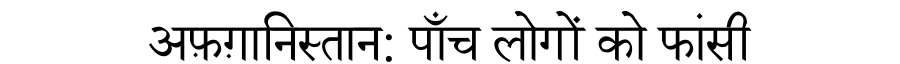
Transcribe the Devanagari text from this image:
अफ़ग़ानिस्तान: पाँच लोगों को फांसी